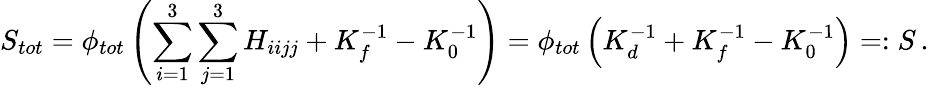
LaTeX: S_{tot}=\phi_{tot}\left(\sum_{i=1}^{3}\sum_{j=1}^{3}H_{iijj}+K_{f}^{-1}-K_{0}^{-1}\right)=\phi_{tot}\left(K_{d}^{-1}+K_{f}^{-1}-K_{0}^{-1}\right)=:S\, .